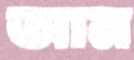
আন